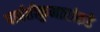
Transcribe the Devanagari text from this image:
पार्वतीकुमारांकडे